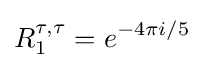
R_{1}^{\tau ,\tau }=e^{-4\pi i/5}